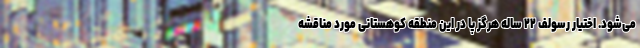
می‌شود. اختیار رسولف ۲۲ ساله هرگز پا در این منطقه کوهستانی مورد مناقشه